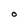
Character: O